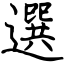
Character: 選